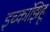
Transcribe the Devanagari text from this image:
इच्कांझिहू